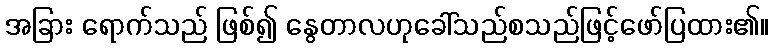
အခြား ရောက်သည် ဖြစ်၍ နွေတာလဟုခေါ်သည်စသည်ဖြင့်ဖော်ပြထား၏။